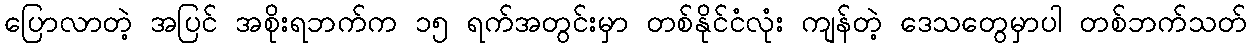
ပြောလာတဲ့ အပြင် အစိုးရဘက်က ၁၅ ရက်အတွင်းမှာ တစ်နိုင်ငံလုံး ကျန်တဲ့ ဒေသတွေမှာပါ တစ်ဘက်သတ်